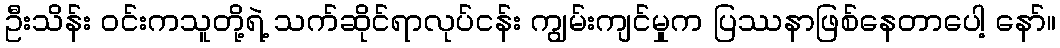
ဦးသိန်း ဝင်းကသူတို့ရဲ့ သက်ဆိုင်ရာလုပ်ငန်း ကျွမ်းကျင်မှုက ပြဿနာဖြစ်နေတာပေါ့ နော်။